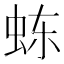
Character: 𬟽